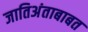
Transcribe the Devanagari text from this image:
जातिअंताबाबत